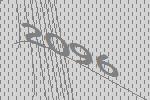
2096